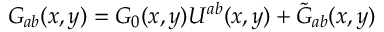
G _ { a b } ( x , y ) = G _ { 0 } ( x , y ) U ^ { a b } ( x , y ) + \tilde { G } _ { a b } ( x , y )